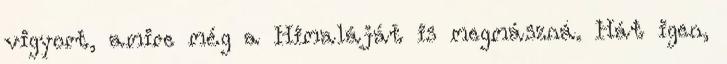
vigyort, amire még a Himaláját is megmászná. Hát igen,